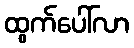
ထွက်ပေါ်လာ